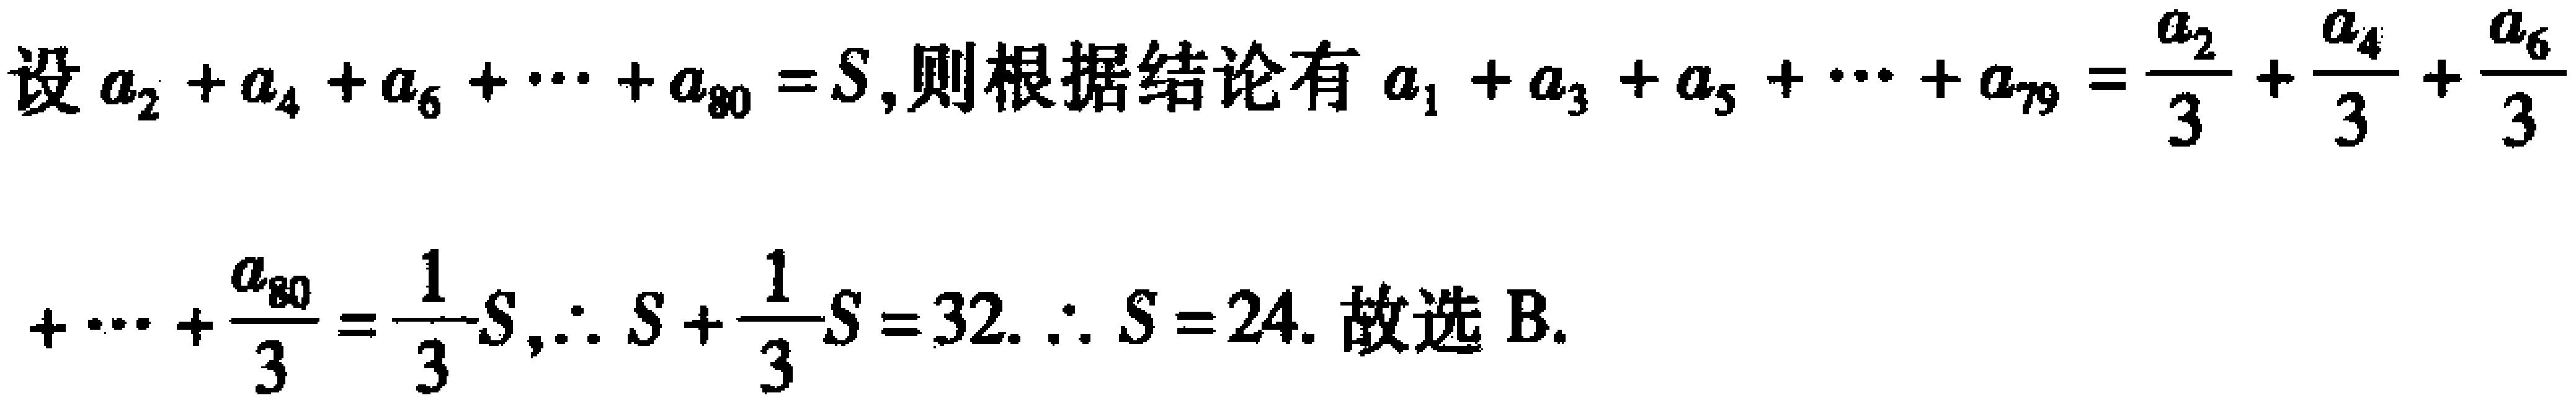
设\(a_{2}+a_{4}+a_{6}+\cdots +a_{80}=S\),则根据结论有\(a_{1}+a_{3}+a_{5}+\cdots +a_{79}=\frac{a_{2}}{3}+\frac{a_{4}}{3}+\frac{a_{6}}{3}\)

\(+\cdots +\frac{a_{80}}{3}=\frac{1}{3}S\),\(\therefore S+\frac{1}{3}S = 32\). \(\therefore S = 24\). 故选 B.